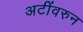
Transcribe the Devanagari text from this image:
अटींवरुन